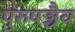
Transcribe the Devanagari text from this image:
पुरुषञ्चैव